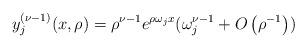
LaTeX: \begin{align*}y_{j}^{(\nu-1)}(x,\rho)=\rho^{\nu-1}e^{\rho\omega_{j}x}(\omega_{j}^{\nu-1}+O\left( \rho^{-1}\right) )\end{align*}